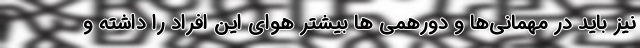
نیز باید در مهمانی‌ها و دورهمی ها بیشتر هوای این افراد را داشته و